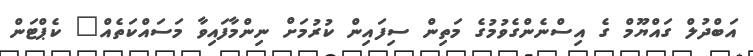
އަބްްދުލް ގައްޔޫމް ގެ އިސްނެންގެވުމުގެ މަތިން ސިފައިިން ކުރުމަށް ނިންމާފައިވާ މަސައްކަތެއް" ކެޕްޓަން